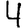
Digit: 4